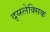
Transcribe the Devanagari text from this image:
द्य्स्लेक्सिक